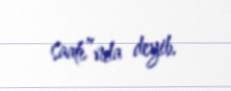
saatı”nda deyib.